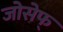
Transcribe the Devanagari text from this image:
जोसेफ्